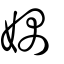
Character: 媀